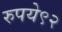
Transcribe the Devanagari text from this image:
रुपये९२